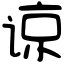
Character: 谅